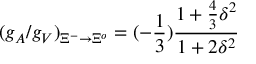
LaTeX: ( g _ { A } / g _ { V } ) _ { { \Xi } ^ { - } \rightarrow { \Xi } ^ { o } } = ( - { \frac { 1 } { 3 } } ) { \frac { 1 + { \frac { 4 } { 3 } } { \delta } ^ { 2 } } { 1 + 2 { \delta } ^ { 2 } } }